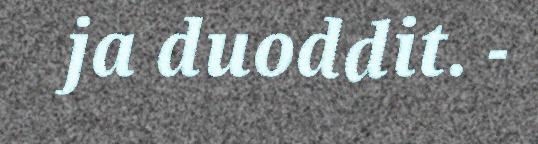
ja duoddit. -